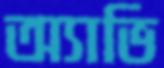
অ্যাভি